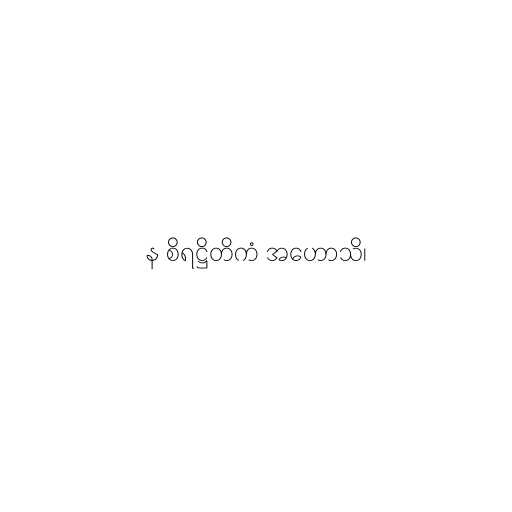
န စိရဋ္ဌိတိကံ အဟောသိ၊